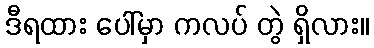
ဒီရထား ပေါ်မှာ ကလပ် တွဲ ရှိလား။